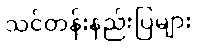
သင်တန်းနည်းပြများ